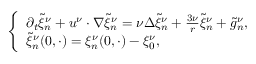
\begin{array} { r } { \left\{ \begin{array} { l l } { \partial _ { t } \tilde { \xi } _ { n } ^ { \nu } + u ^ { \nu } \cdot \nabla \tilde { \xi } _ { n } ^ { \nu } = \nu \Delta \tilde { \xi } _ { n } ^ { \nu } + \frac { 3 \nu } { r } \tilde { \xi } _ { n } ^ { \nu } + \tilde { g } _ { n } ^ { \nu } , } \\ { \tilde { \xi } _ { n } ^ { \nu } ( 0 , \cdot ) = { \xi } _ { n } ^ { \nu } ( 0 , \cdot ) - { \xi } _ { 0 } ^ { \nu } , } \end{array} \right. } \end{array}